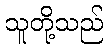
သူတို့သည်